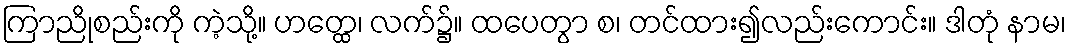
ကြာညိုစည်းကို ကဲ့သို့။ ဟတ္ထေ၊ လက်၌။ ထပေတွာ စ၊ တင်ထား၍လည်းကောင်း။ ဒါတုံ နာမ၊